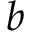
b